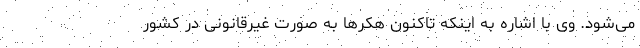
می‌شود. وی با اشاره به اینکه تاکنون هکرها به صورت غیرقانونی در کشور